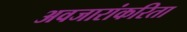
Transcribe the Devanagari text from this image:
अवजारांकरिता